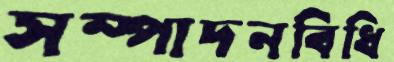
সম্পাদনবিধি